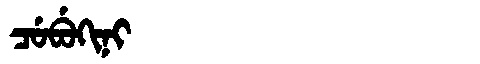
Manchu: ᠴᡠᠪᡠᡴᡳᠨᡳ
Romanization: CUBUKINI